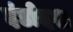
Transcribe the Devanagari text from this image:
दंडोदश